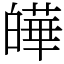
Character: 皣